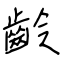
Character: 齡